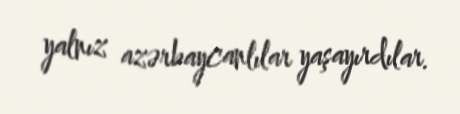
yalnız azərbaycanlılar yaşayırdılar.